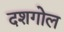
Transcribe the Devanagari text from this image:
दशगोल